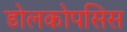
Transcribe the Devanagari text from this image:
डोलकोपसिस